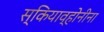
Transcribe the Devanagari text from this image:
स्कियाव्होनीना